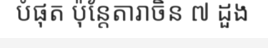
បំផុត ប៉ុន្តែតារាចិន ៧ ដួង